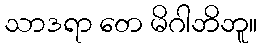
သာဒရာ တေ မိဂါဘိဘူ။